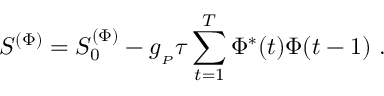
S ^ { ( \Phi ) } = S _ { 0 } ^ { ( \Phi ) } - g _ { _ P } \tau \sum _ { t = 1 } ^ { T } \Phi ^ { * } ( t ) \Phi ( t - 1 ) \ .